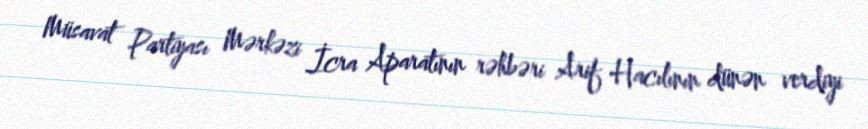
Müsavat Partiyası Mərkəzi İcra Aparatının rəhbəri Arif Hacılının dünən verdiyi